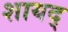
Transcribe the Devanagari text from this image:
शायद्